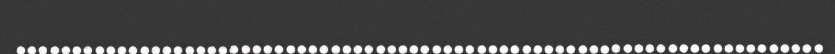
........................................................................